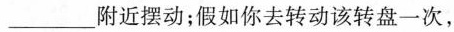
___附近摆动；假如你去转动该转盘一次，